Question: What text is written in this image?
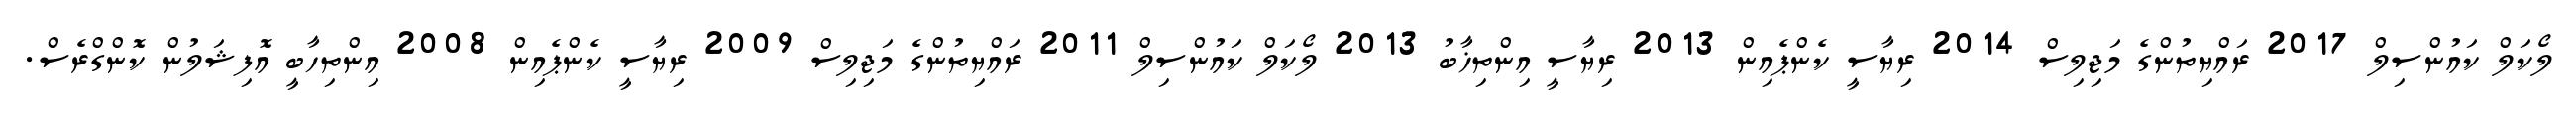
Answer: ލޯކަލް ކައުންސިލް 2017 ރައްޔިތުންގެ މަޖިލިސް 2014 ރިޔާސީ ކެންޕެއިން 2013 ރިޔާސީ އިންތިޚާބު 2013 ލޯކަލް ކައުންސިލް 2011 ރައްޔިތުންގެ މަޖިލިސް 2009 ރިޔާސީ ކެންޕެއިން 2008 އިންތިހާބީ އޮފިޝަލުން ކޮންގްރެސް.